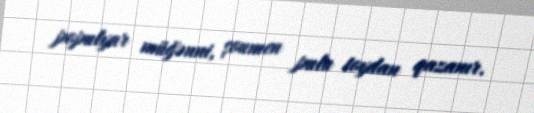
populyar müğənni, şoumen pulu toydan qazanır.